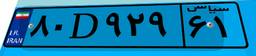
۶۵D۵۷۲۵۷